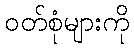
ဝတ်စုံများကို